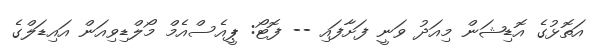
އަތޮޅުގެ އޮޑިޝަން މިއަދު ވަނީ ފަށާފައި -- ފޮޓޯ: ޕީއެސްއެމް މޯލްޑިވިއަން އައިޑަލްގެ